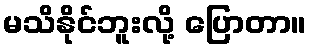
မသိနိုင်ဘူးလို့ ပြောတာ။